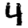
Digit: 4